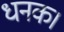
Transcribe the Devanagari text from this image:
धनक।